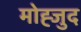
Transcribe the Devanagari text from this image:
मोह्जुद